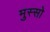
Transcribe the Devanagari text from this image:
मुस्सो